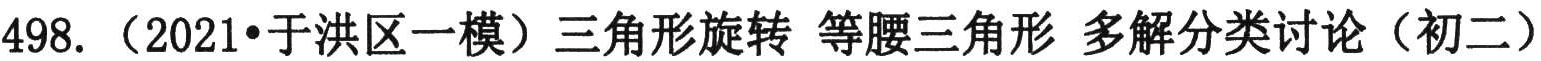
498. （2021•于洪区一模）三角形旋转 等腰三角形 多解分类讨论（初二）